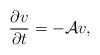
\begin{align*}\frac{\partial v}{\partial t} = -{\cal A} v, \end{align*}